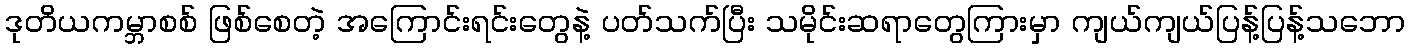
ဒုတိယကမ္ဘာစစ် ဖြစ်စေတဲ့ အကြောင်းရင်းတွေနဲ့ ပတ်သက်ပြီး သမိုင်းဆရာတွေကြားမှာ ကျယ်ကျယ်ပြန့်ပြန့်သဘော